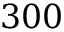
3 0 0